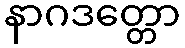
နာဂဒတ္တော